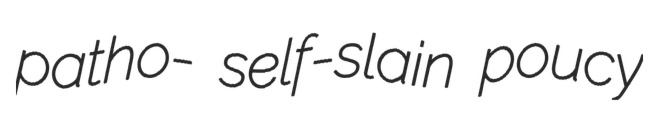
patho- self-slain poucy